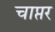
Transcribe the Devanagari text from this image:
चाप्तर